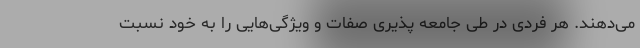
می‌دهند. هر فردی در طی جامعه پذیری صفات و ویژگی‌هایی را به خود نسبت